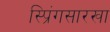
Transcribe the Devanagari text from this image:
स्प्रिंगसारखा